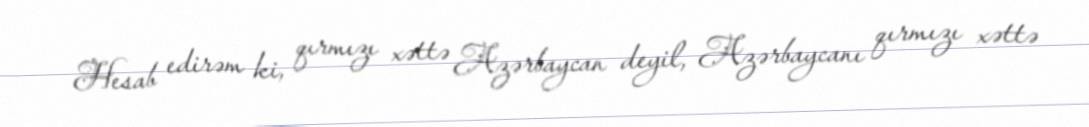
Hesab edirəm ki, qırmızı xəttə Azərbaycan deyil, Azərbaycanı qırmızı xəttə